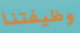
وظيفتنا